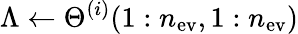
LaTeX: \Lambda\leftarrow\Theta^{(i)}(1:n_{\mathrm{ev}},1:n_{\mathrm{ev}})